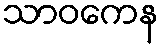
သာဝကေန